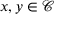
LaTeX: x , y \in { \mathcal { C } }